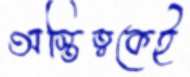
অস্তিত্বকেই